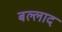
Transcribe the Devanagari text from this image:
बल्लाद